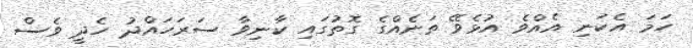
ހަމަ އެކަނި އެއްވެ އުޅެވޭ ތަނެއްގެ ގޮތުގައި ކާނިވާ ސަރަހައްދު ހެދީ ވެސް